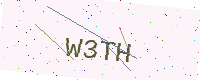
Text: W3TH